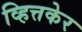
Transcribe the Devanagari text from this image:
व्हित्तकेर